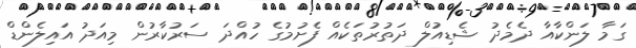
ގަމާ ލަންކާއާ ދެމެދު ޝެޑިއުލް ދަތުރުތަކެއް ފެށުމުގެ ހުއްދަ ސަރުކާރުން މިއަދު އައިލެންޑް